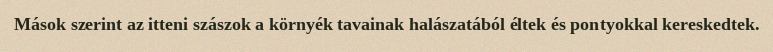
Mások szerint az itteni szászok a környék tavainak halászatából éltek és pontyokkal kereskedtek.